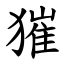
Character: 獕